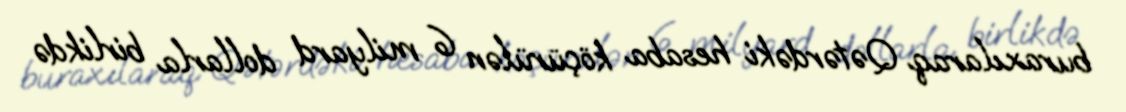
buraxılaraq Qətərdəki hesaba köçürülən 6 milyard dollarla birlikdə